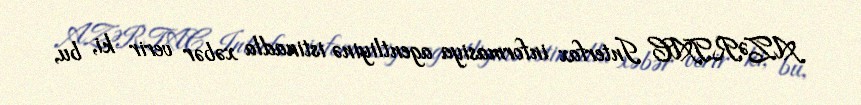
AZƏRTAC Interfax informasiya agentliyinə istinadla xəbər verir ki, bu,